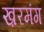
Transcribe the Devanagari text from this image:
ख़रमंग